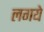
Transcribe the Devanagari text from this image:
लगये